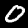
Label: 0